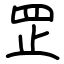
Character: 𦊆